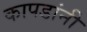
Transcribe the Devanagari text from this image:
कापडांनी